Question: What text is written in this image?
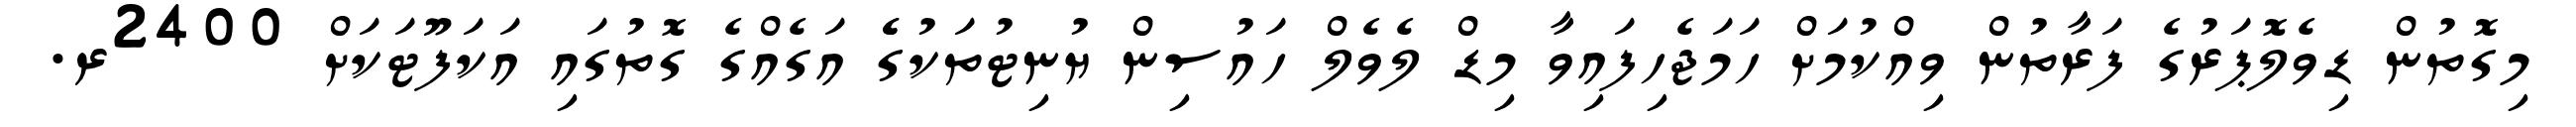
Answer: މިގޮތުން ޑިވެލޮޕަރުގެ ފަރާތުން ވިއްކުމަށް ހަމަޖެހިފައިވާ މިޑް ލެވެލް ހައުސިން ޔުނިޓުތަކުގެެ އަގެއްގެ ގޮތުގައި އަކަފޫޓަކަށް 2400ރ.